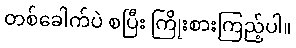
တစ်ခေါက်ပဲ စပြီး ကြိုးစားကြည့်ပါ။